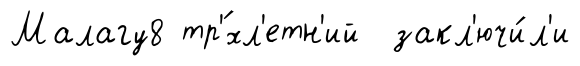
Малагу8 тр'́хл'етн'ий закл'ючи́л'и